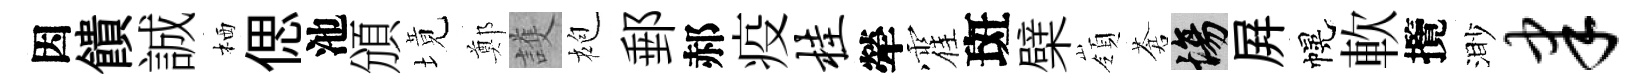
因饋誠栖偲池頒境鄭護袍郵郝疫桂犖霍斑檗嶺蒼場屛幌軟攬渺聿